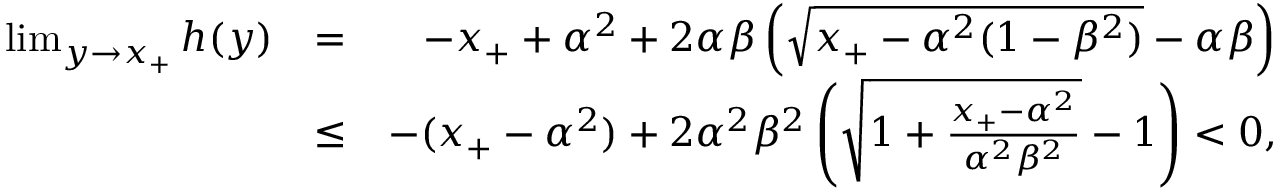
\begin{array} { r l r } { \operatorname* { l i m } _ { y \to x _ { + } } h ( y ) } & { = } & { - x _ { + } + \alpha ^ { 2 } + 2 \alpha \beta \left( \sqrt { x _ { + } - \alpha ^ { 2 } ( 1 - \beta ^ { 2 } ) } - \alpha \beta \right) } \\ & { \leq } & { - ( x _ { + } - \alpha ^ { 2 } ) + 2 \alpha ^ { 2 } \beta ^ { 2 } \left( \sqrt { 1 + \frac { x _ { + } - \alpha ^ { 2 } } { \alpha ^ { 2 } \beta ^ { 2 } } } - 1 \right) < 0 , } \end{array}